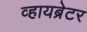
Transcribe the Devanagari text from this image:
व्हायब्रेटर